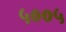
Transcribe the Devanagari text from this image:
५००५